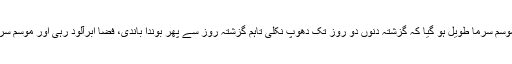
اس بار موسم سرما طویل ہو گیا کہ گزشتہ دنوں دو روز تک دھوپ نکلی تاہم گزشتہ روز سے پھر بوندا باندی، فضا ابرآلود رہی اور موسم سرد ہو گیا۔